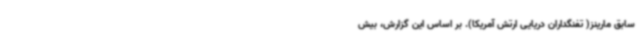
سابق مارینز( تفنگداران دریایی ارتش آمریکا). بر اساس این گزارش، بیش